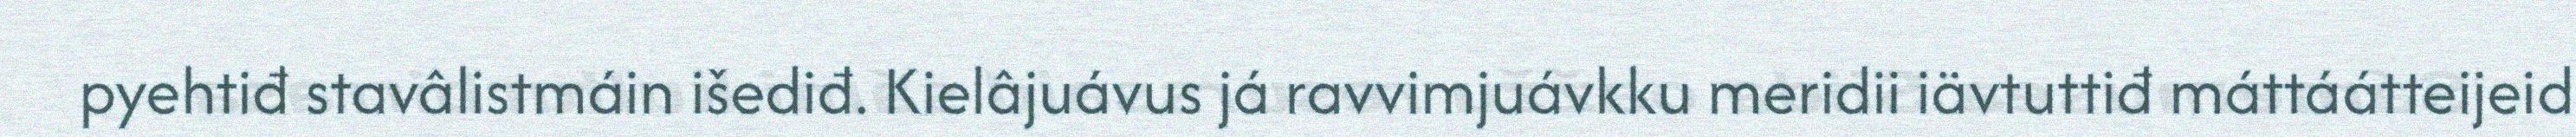
pyehtiđ stavâlistmáin išediđ. Kielâjuávus já ravvimjuávkku meridii iävtuttiđ máttáátteijeid